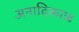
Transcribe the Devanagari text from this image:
अनादिकाळ